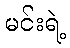
မင်းရဲ့